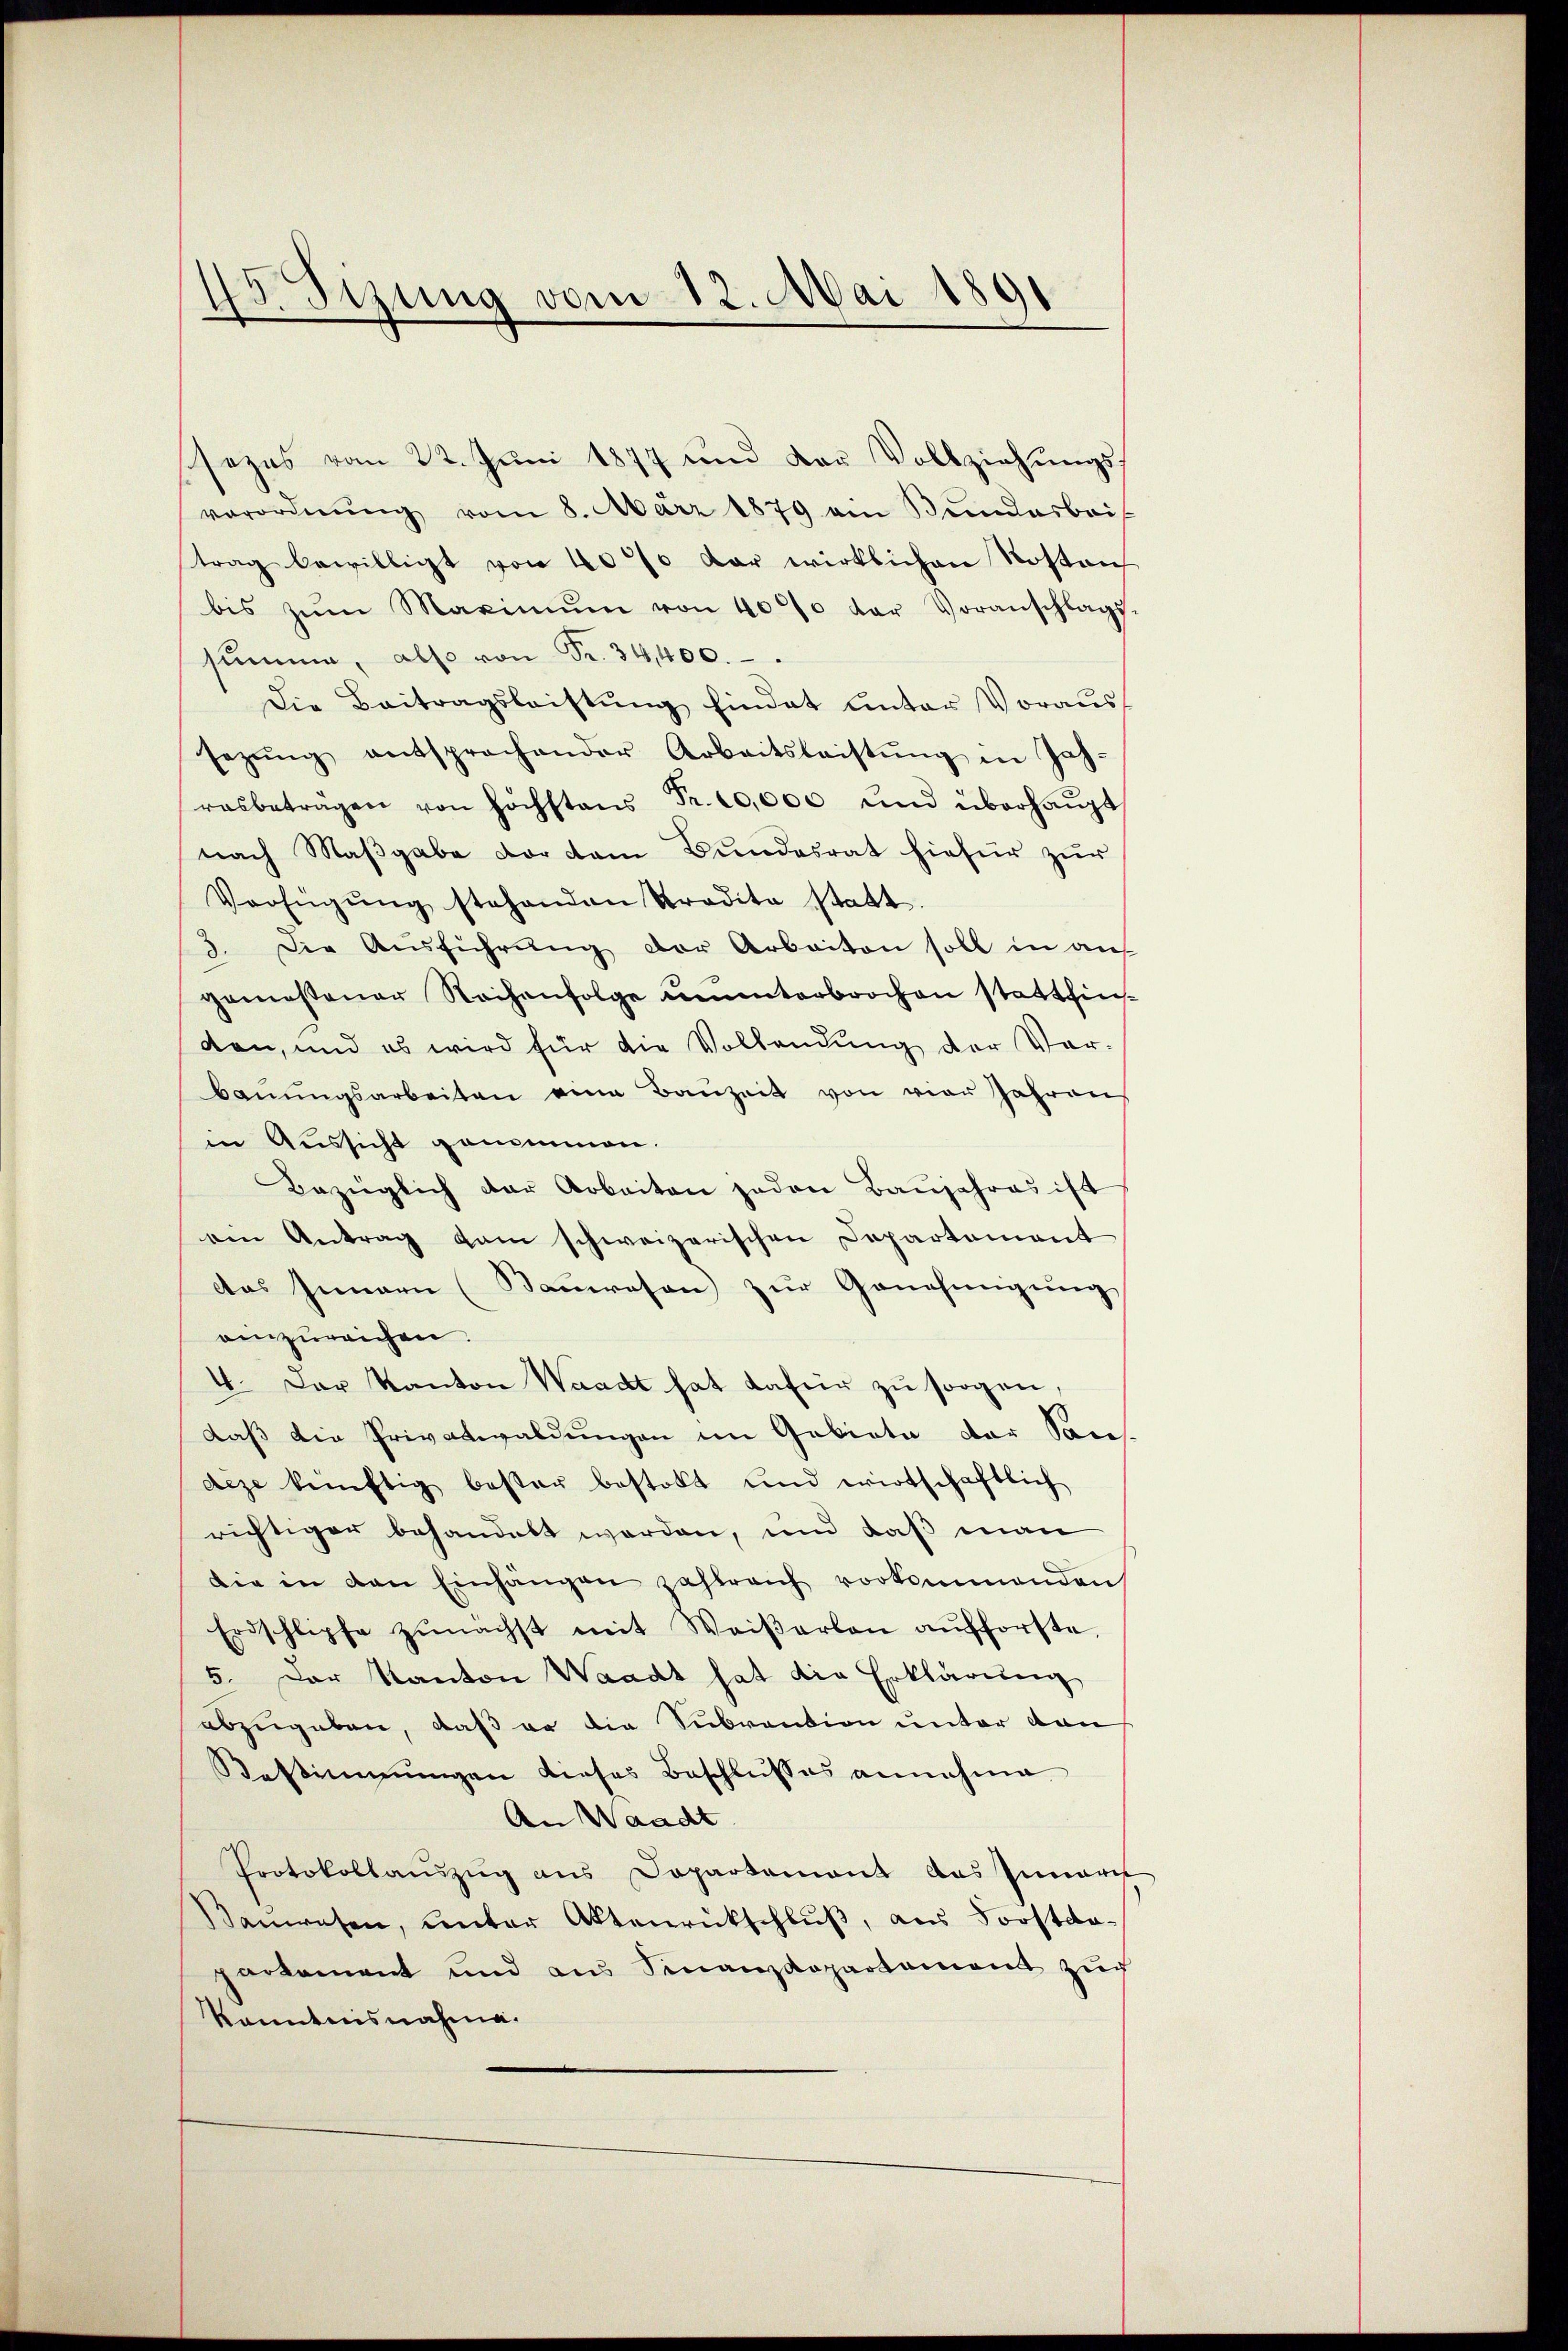
d
Sizung vom 12. Mai 1891

sezes vom 22. Juni 1877 und der Vollziehungsverordnŭng vom 8. März 1879 am Bundesbeit
trag bewilligt von 40% der wirklichen Kosten
bis zŭm Maximŭm von 40% der Voranschlags
summe, also von Fr. 34,400.
Die Beitragsleistung findet unter Voraussezŭng entsprachender Arbeitsleistŭng in Jah-
rasbeträgen von höchstens Fr. 10,000 und überhaupt
nach Maßgabe vor vom Bundesrat hiefür zur
Verfügŭng stehenden Stradita statt.
3. Die Ausführung der Arbeiten soll in auf
gemessener Rochenfolge ununterbrochen stattfinden, und es wird für die Vollendung der Vorbaŭŭngsarbeiten eine Bauzeit von vier Jahrens
in Aussicht genommen.
Bezüglich der Arbeiten jeden Baŭjahres ist
ein Antrag kam schweizerischen Departement
das Innern (Bauwesen zur Genehmigung
einzureichen.
4. Der Kanton Waadt hat dafür zu sorgen,
daß die Privatwaldungen im Gebiete der Sons
deze künftig bester bestalt und wirtschaftlich
richtiger behandelt werden, und daß man
die in den Einhängen zahlreich vorkommenden
Erdschlipfe zŭnächst mit Weiβerben aufforste,
5. Der Kanton Waadt hat die Erklärung
abzugeben, daß er die Subvention unter dan
Restimmungen dieses Beschlusses annahme.
An Waadt
Protokollauszug aus Dopartement das Innern
Sanwesen, unter Aktenrückschluß, aus Sorstdapartement und aus Finanzdepartement zŭr
Kenntnisnahme.